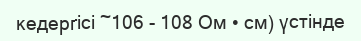
кедергісі ~106 - 108 Ом • см) үстінде